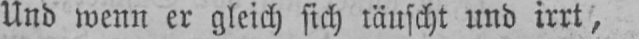
Und wenn er gleich sich täuscht und irrt,